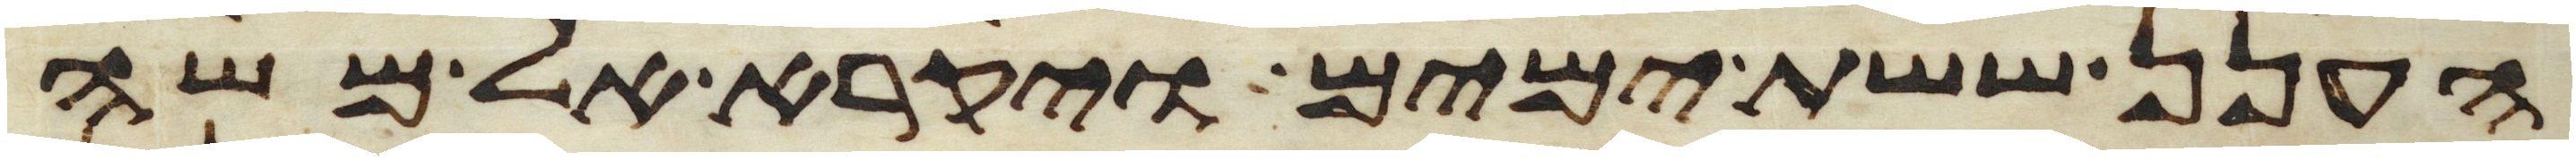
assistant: הענן ששת ימים ויקרא אל משה